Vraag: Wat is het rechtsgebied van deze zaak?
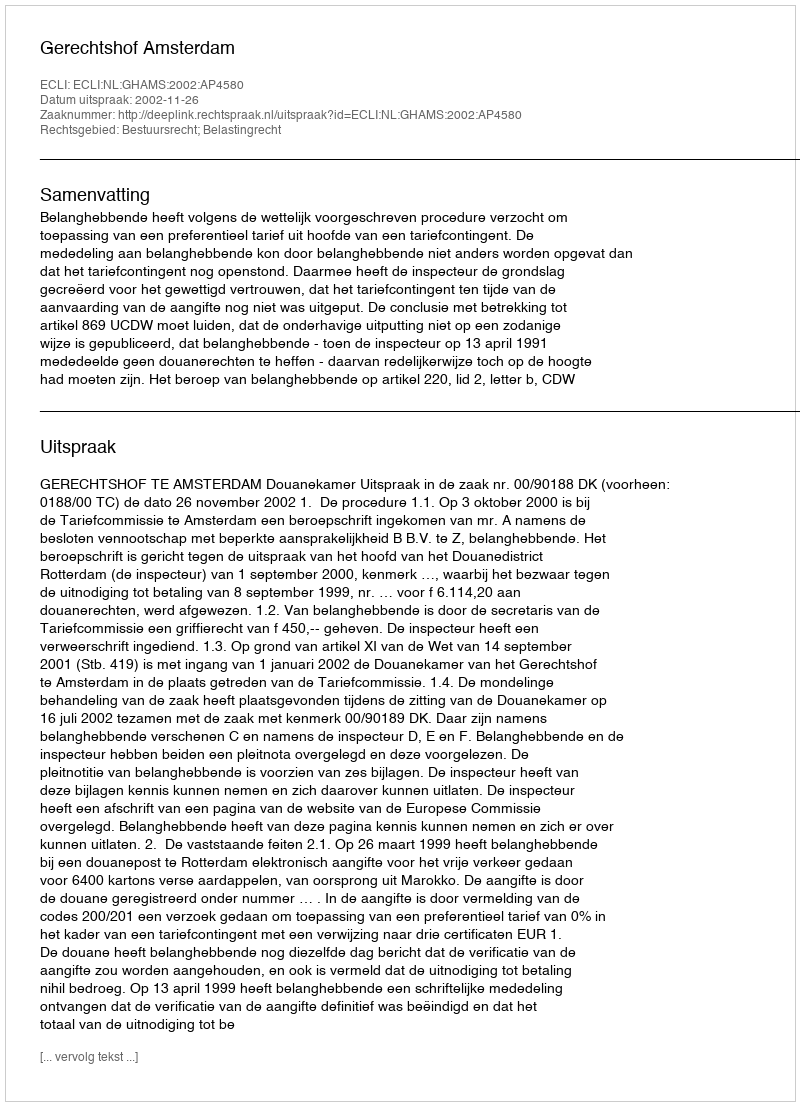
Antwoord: Bestuursrecht; Belastingrecht